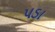
પડા